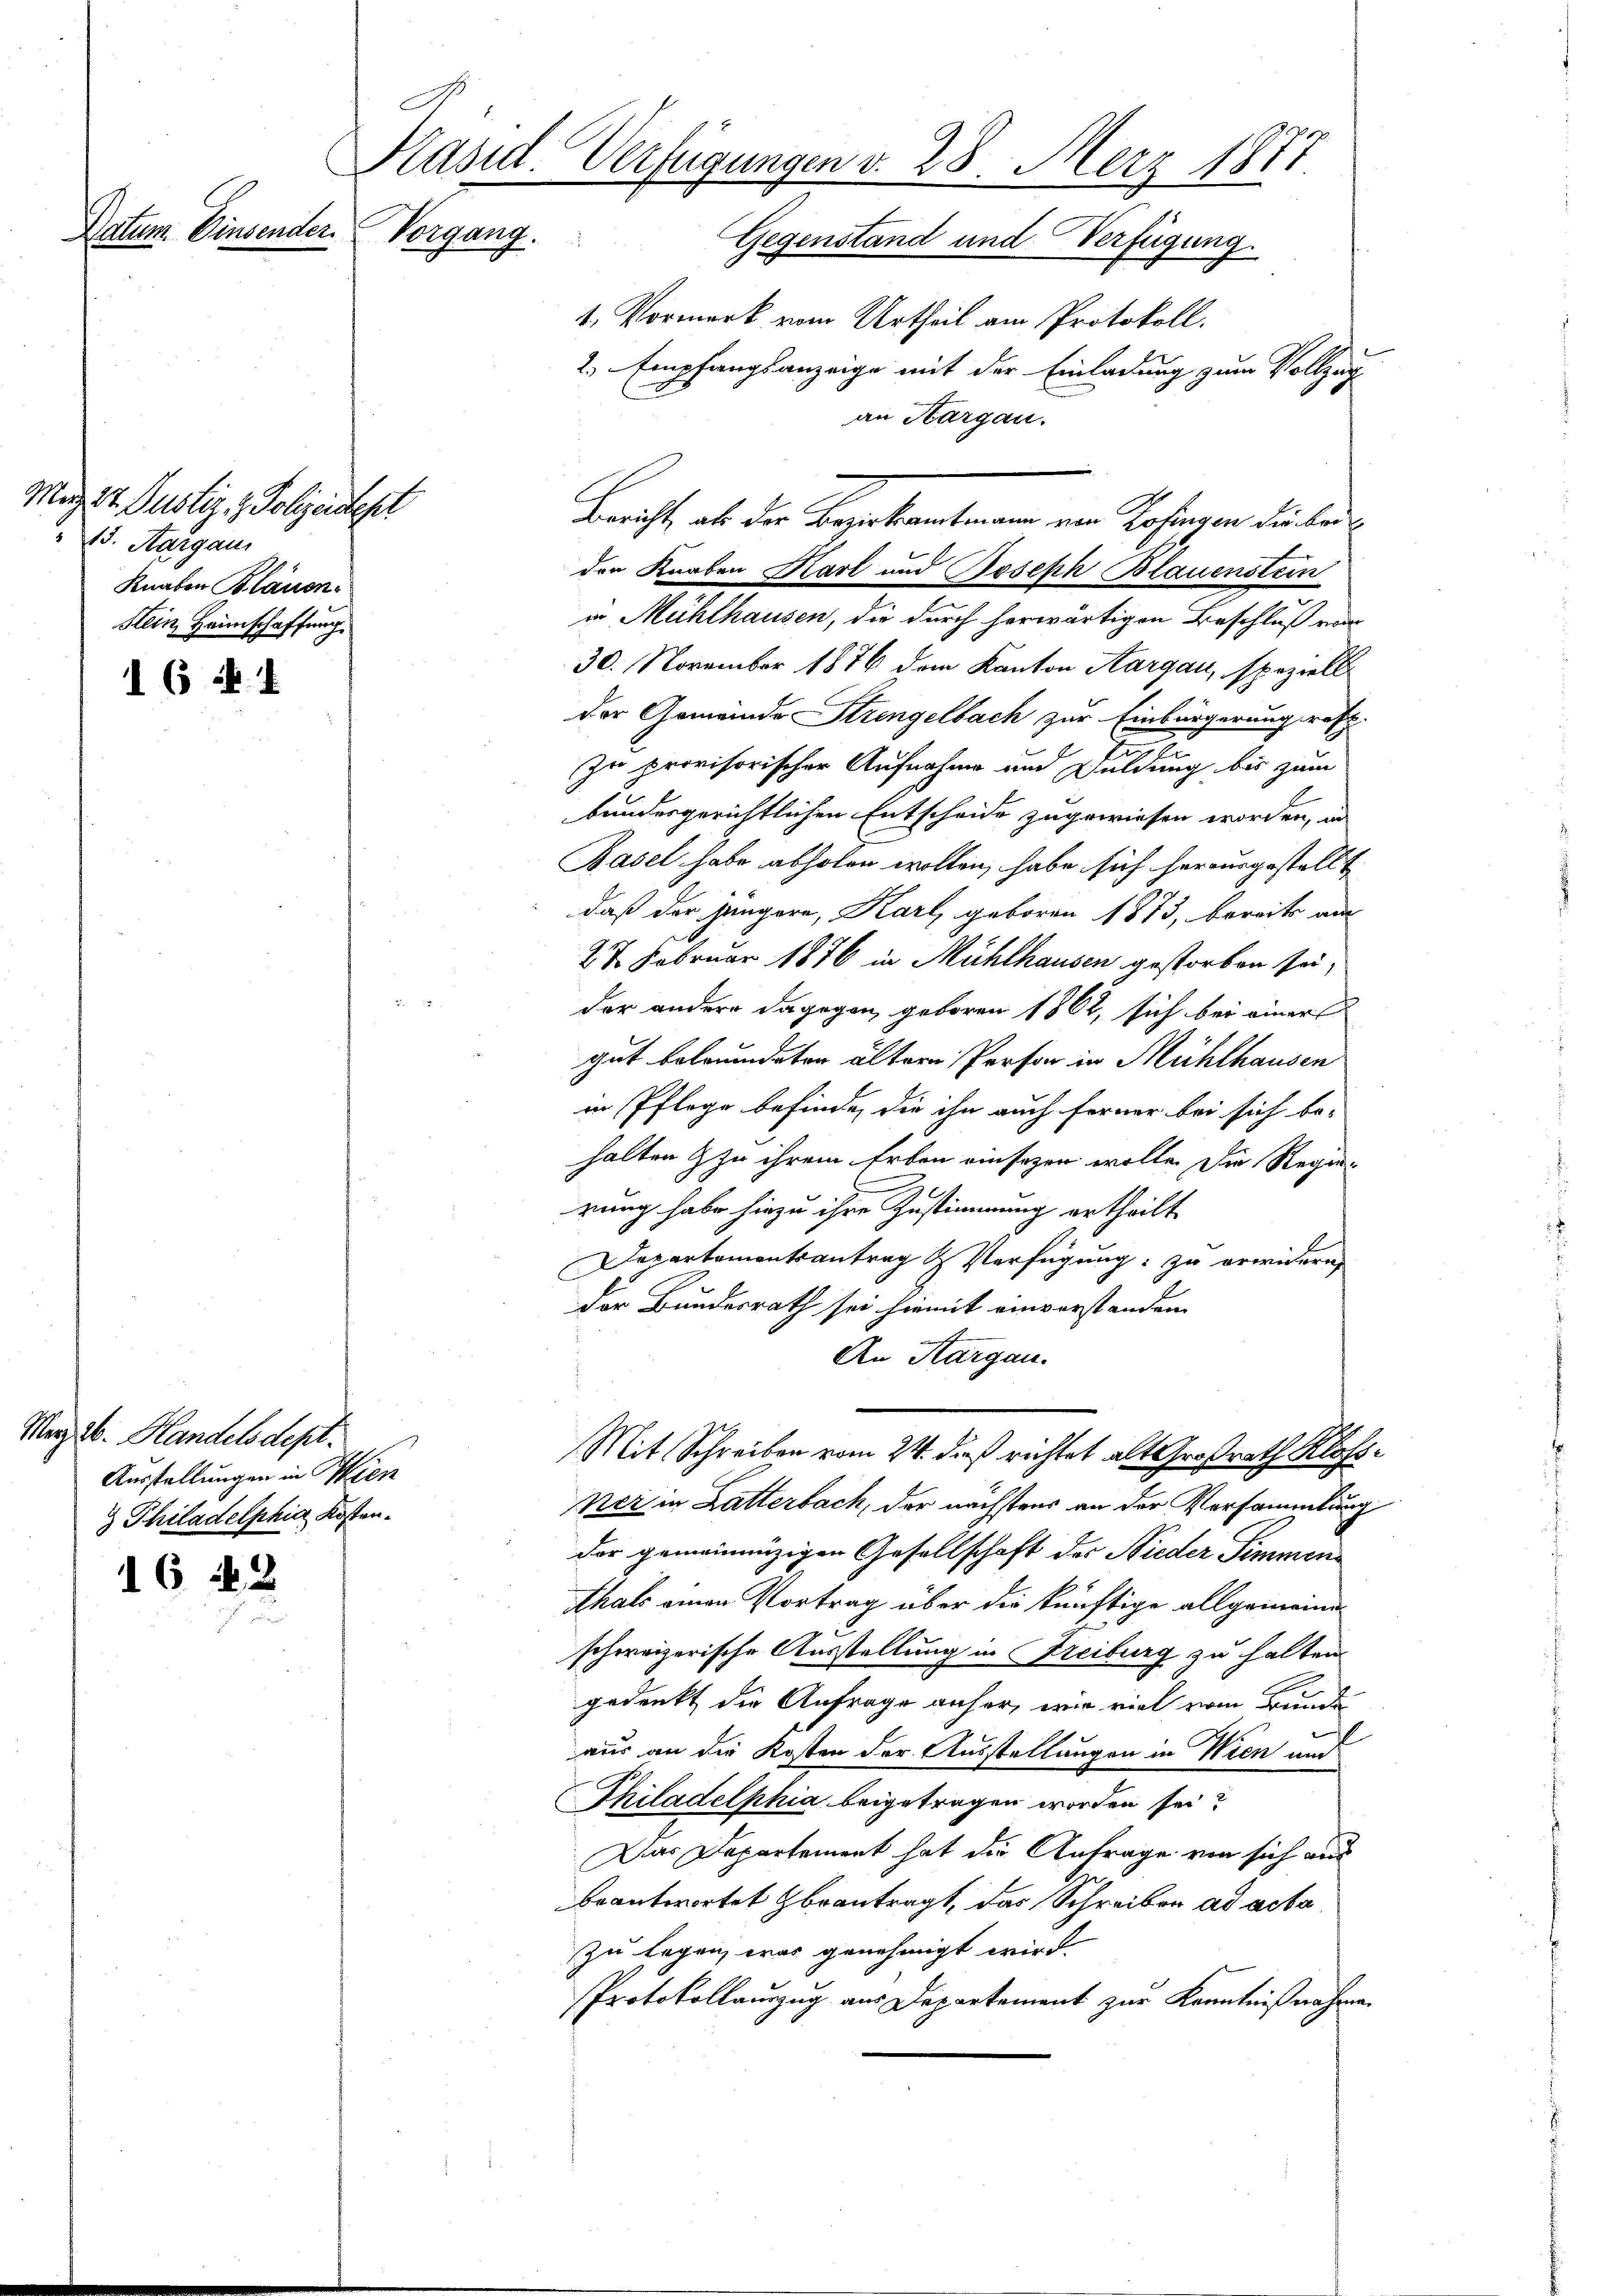
Präsid. Verfügungen v. 28. März 1877
Natum Einsender.
Vorgang.
Gegenstand und Verfügung.

Mag 24. Justiz & Polizeistest
15. Aargau
Knaben Blauen.
Stein Heimschaffung

6 N. 4

1642

Merz 26. Handelsdept.
Ausstellungen in Sien
 Philadelphia Kosten.

1. Vormerk vom Urtheil am Protokoll.
2. Empfangsanzeige mit der Einladung zum Vollzug
an Hargau.
den Knaben Karl und Joseph Blauenstein
in Mühlhausen, die durch herwärtigen Beschluß von
30. November 1876 dem Kanton Aargau, speziell
der Gemeinde Strengelbach zur Einbürgerung resp.
zu provisorischer Aufnahme und Duldung bis zum
bundesgerichtlichen Entscheide zugewiesen worden, in
Basel habe abholen wollen, habe sich herausgestellt
daß der jüngere, Karl, geboren 1873, bereits au
27. Februar 1876 in Mühlhausen gestorben sei,
der andere dagegen geboren 1862, sich bei einer
gut beleumdeten ältern Person in Mühlhausen
in Pflege befinde, die ihn auch ferner bei sich be-
halten & zu ihrem Erben einsagen wolle. Die Regier
rung habe hiezu ihre Zustimmung ertheilt
Departementsantrag & Verfügung zu erwidern
der Bundesrath sei hiemit einverstanden.
An Thurgau.
Mit Schreiben vom 24. daß richtet als Großrath Kloner in Latterbach, der nächstens an der Versammlung
der gemeinnüzigen Gesellschaft der Nieder Simmen
thals einen Vortrag über die künftige allgemeineschweizerische Ausstellung in Freiburg zu halten
gedenkt die Anfrage anher, wie viel vom Bunde
l
aus an die Kosten der Ausstellungen in Wien um
Philadelphia beigetragen worden sei?
Das Departement hat die Anfrage von sich aus
beantwortet beantragt, das Schreiben ad acta
zu legen, was genehmigt wird.
Protokollauszug aus Departement zur Kenntnißnahmen

Bericht, als der Begakanten von Rosinen dunker